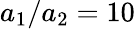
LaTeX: a_{1}/a_{2}=10